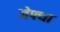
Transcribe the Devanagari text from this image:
जेफ्था